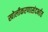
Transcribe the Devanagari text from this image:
खोलीकरणासंदर्भात